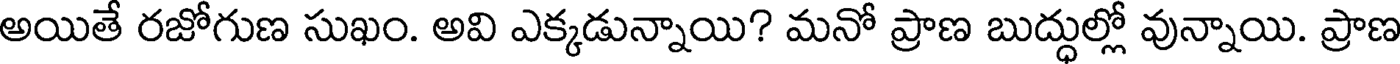
అయితే రజోగుణ సుఖం. అవి ఎక్కడున్నాయి? మనో ప్రాణ బుద్ధుల్లో వున్నాయి. ప్రాణ